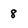
Character: 8